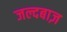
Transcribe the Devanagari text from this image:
जल्दबाज़